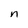
Character: n